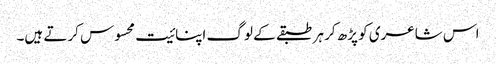
اس شاعری کو پڑھ کر ہر طبقے کے لوگ اپنائیت محسوس کرتے ہیں۔